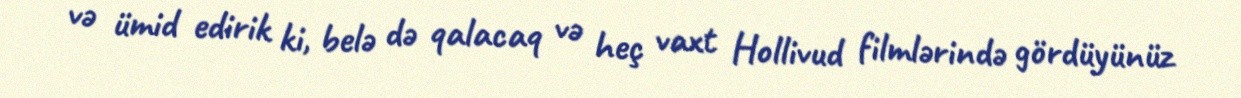
və ümid edirik ki, belə də qalacaq və heç vaxt Hollivud filmlərində gördüyünüz